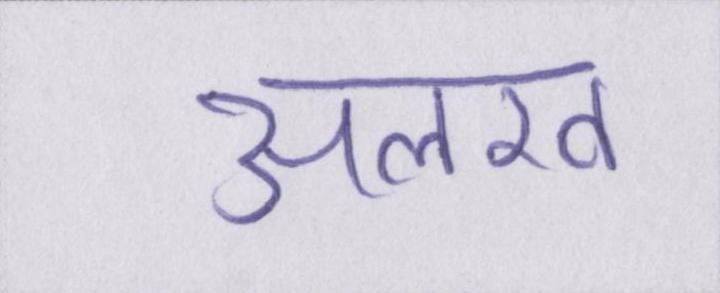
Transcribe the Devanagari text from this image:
अलख